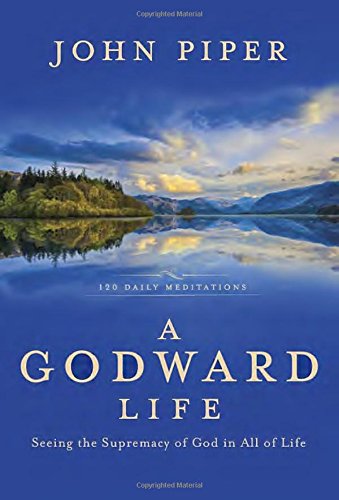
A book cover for A Godward Life: Seeing the Supremacy of God in All of Life; John Piper; Christian Books & Bibles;